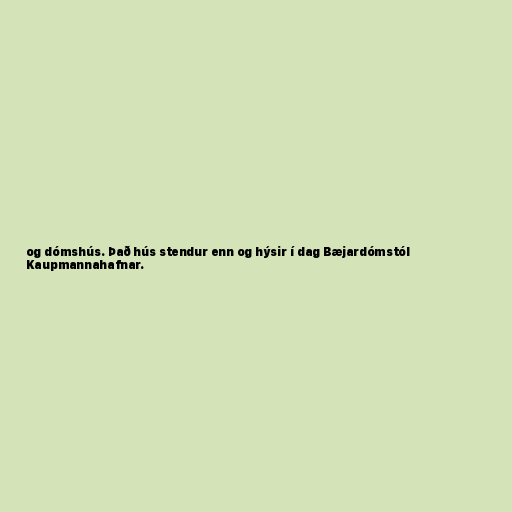
og dómshús. Það hús stendur enn og hýsir í dag Bæjardómstól
Kaupmannahafnar.